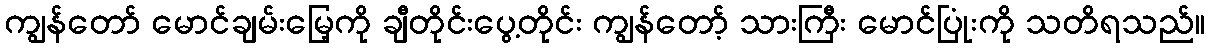
ကျွန်တော် မောင်ချမ်းမြေ့ကို ချီတိုင်းပွေ့တိုင်း ကျွန်တော့် သားကြီး မောင်ပြုံးကို သတိရသည်။